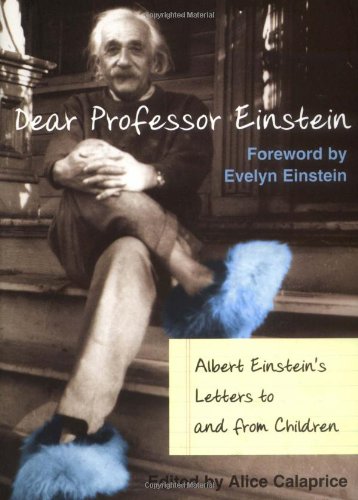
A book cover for Dear Professor Einstein: Albert Einstein's Letters to and from Children; Literature & Fiction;